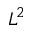
L ^ { 2 }